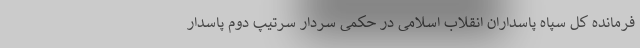
فرمانده کل سپاه پاسداران انقلاب اسلامی در حکمی سردار سرتیپ دوم پاسدار